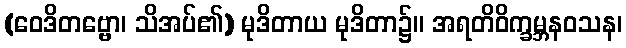
(ဝေဒိတဗ္ဗော၊ သိအပ်၏) မုဒိတာယ မုဒိတာ၌။ အရတိဝိက္ခမ္ဘနဝသန၊